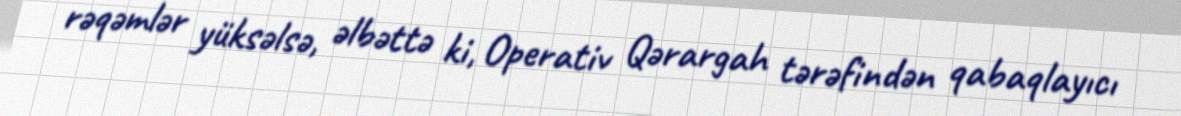
rəqəmlər yüksəlsə, əlbəttə ki, Operativ Qərargah tərəfindən qabaqlayıcı